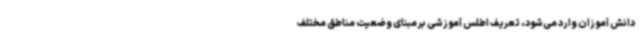
دانش آموزان وارد می‌شود، تعریف اطلس آموزشی بر مبنای وضعیت مناطق مختلف